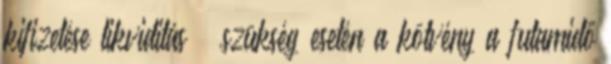
kiﬁzetése likviditás – szükség esetén a kötvény a futamidő